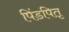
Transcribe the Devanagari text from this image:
पिंडपितृ